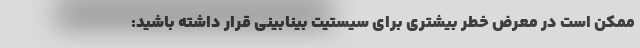
ممکن است در معرض خطر بیشتری برای سیستیت بینابینی قرار داشته باشید: